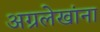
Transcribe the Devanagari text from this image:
अग्रलेखांना